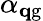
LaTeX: \alpha_{{\mathbf{q}}\mathrm{{g}}}